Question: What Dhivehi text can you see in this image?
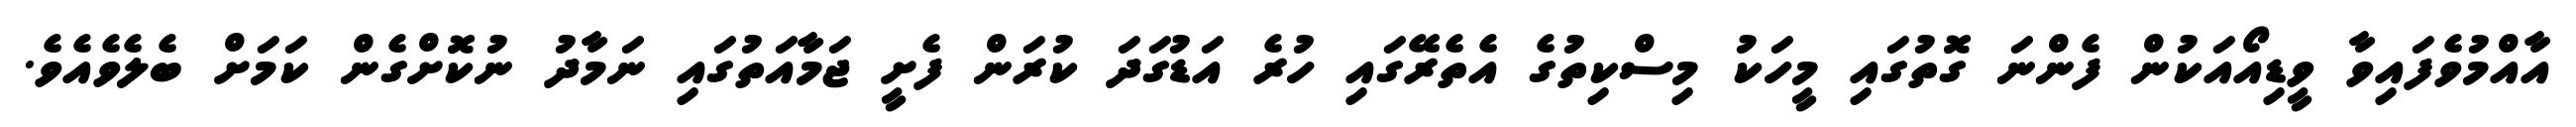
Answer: އާއްމުވެފައިވާ ވީޑިއޯއަކުން ފެންނަ ގޮތުގައި މީހަކު މިސްކިތުގެ އެތެރޭގައި ހުރެ އަޑުގަދަ ކުރަން ފެށީ ޖަމާއަތުގައި ނަމާދު ނުކޮށްގެން ކަމަށް ބެލެވެއެވެ.